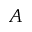
A